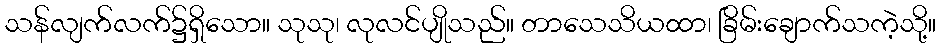
သန်လျက်လက်၌ရှိသော။ သုသု၊ လုလင်ပျိုသည်။ တာသေသိယထာ၊ ခြိမ်းချောက်သကဲ့သို့။